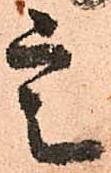
定